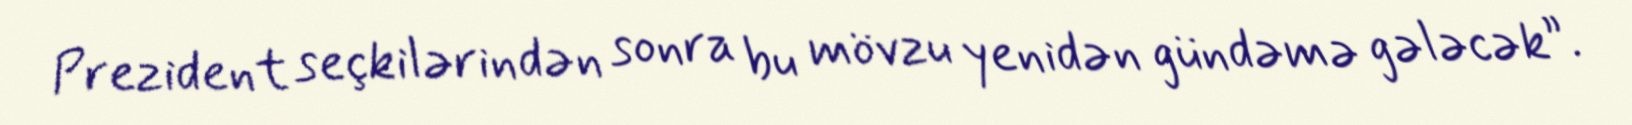
Prezident seçkilərindən sonra bu mövzu yenidən gündəmə gələcək”.